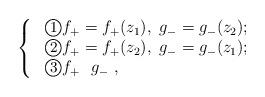
LaTeX: \begin{align*}\rm \left\{ \begin{array}{lll} \ \textcircled{\small{1}} f_{+}=f_{+}(z_{1}),~g_{-}=g_{-}(z_{2}); \\ \ \textcircled{\small{2}} f_{+}=f_{+}(z_{2}),~g_{-}=g_{-}(z_{1});\\ \ \textcircled{\small{3}} f_{+}~~g_{-} ~, \end{array} \right.\end{align*}